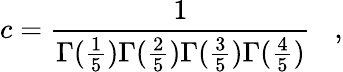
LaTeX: c=\frac{1}{\Gamma(\frac{1}{5})\Gamma(\frac{2}{5})\Gamma(\frac{3}{5})\Gamma(\frac{4}{5})}\, \, \, \, \, ,